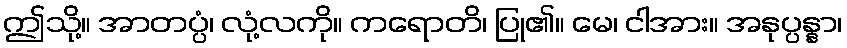
ဤသို့။ အာတပ္ပံ၊ လုံ့လကို။ ကရောတိ၊ ပြု၏။ မေ၊ ငါအား။ အနုပ္ပန္နာ၊